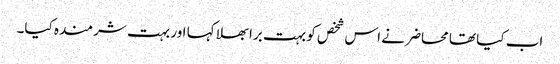
اب کیا تھا محاضر نے اس شخص کو بہت برا بھلا کہا اور بہت شرمندہ کیا۔